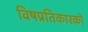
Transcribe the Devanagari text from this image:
विषप्रतिकारकों